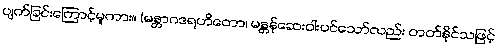
ပျက်ခြင်းကြောင့်မူကား။ (မန္တာဂဒရဟိတော၊ မန္တန်ဆေးဝါးပင်သော်လည်း တတ်နိုင်သဖြင့်